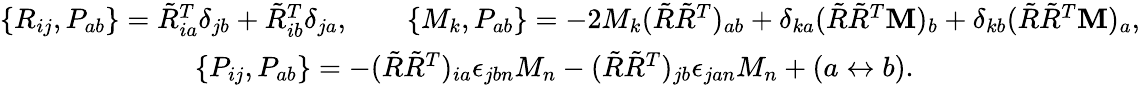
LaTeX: \begin{array}{r}{\{ R_{ij},P_{ab}\} =\tilde{R}_{ia}^{T}\delta_{jb}+\tilde{R}_{ib}^{T}\delta_{ja},\qquad\{ M_{k},P_{ab}\} =-2M_{k}(\tilde{R}\tilde{R}^{T})_{ab}+\delta_{ka}(\tilde{R}\tilde{R}^{T}{\mathbf M})_{b}+\delta_{kb}(\tilde{R}\tilde{R}^{T}{\mathbf M})_{a},}\\ {\{ P_{ij},P_{ab}\} =-(\tilde{R}\tilde{R}^{T})_{ia}\epsilon_{jbn}M_{n}-(\tilde{R}\tilde{R}^{T})_{jb}\epsilon_{jan}M_{n}+(a\leftrightarrow b).\qquad\qquad\qquad\qquad}\end{array}